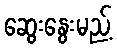
ဆွေးနွေးမည့်